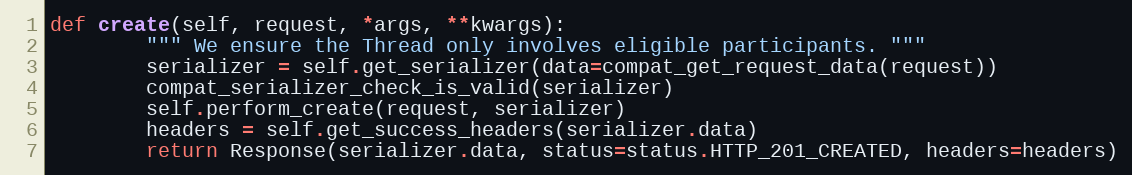
Language: Python
def create(self, request, *args, **kwargs):
        """ We ensure the Thread only involves eligible participants. """
        serializer = self.get_serializer(data=compat_get_request_data(request))
        compat_serializer_check_is_valid(serializer)
        self.perform_create(request, serializer)
        headers = self.get_success_headers(serializer.data)
        return Response(serializer.data, status=status.HTTP_201_CREATED, headers=headers)